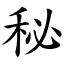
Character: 秘